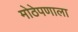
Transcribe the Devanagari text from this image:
मोठेपणाला